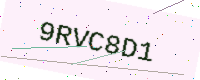
Text: 9RVC8D1